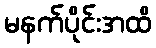
မနက်ပိုင်းအထိ